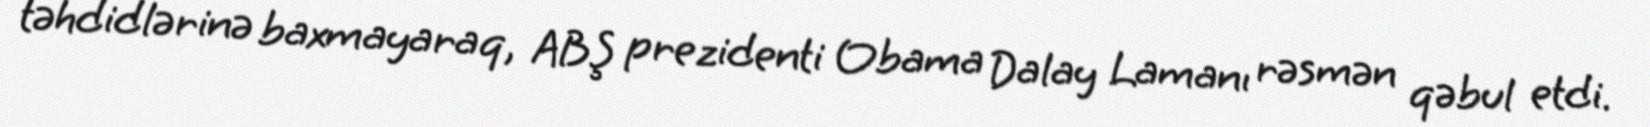
təhdidlərinə baxmayaraq, ABŞ prezidenti Obama Dalay Lamanı rəsmən qəbul etdi.